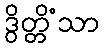
ဒွိတ္တိံသာ